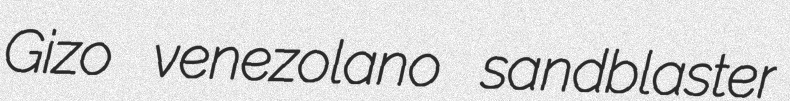
Gizo venezolano sandblaster